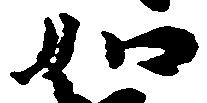
如